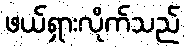
ဖယ်ရှားလိုက်သည်